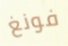
فونغ